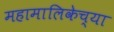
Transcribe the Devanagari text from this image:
महामालिकेच्या